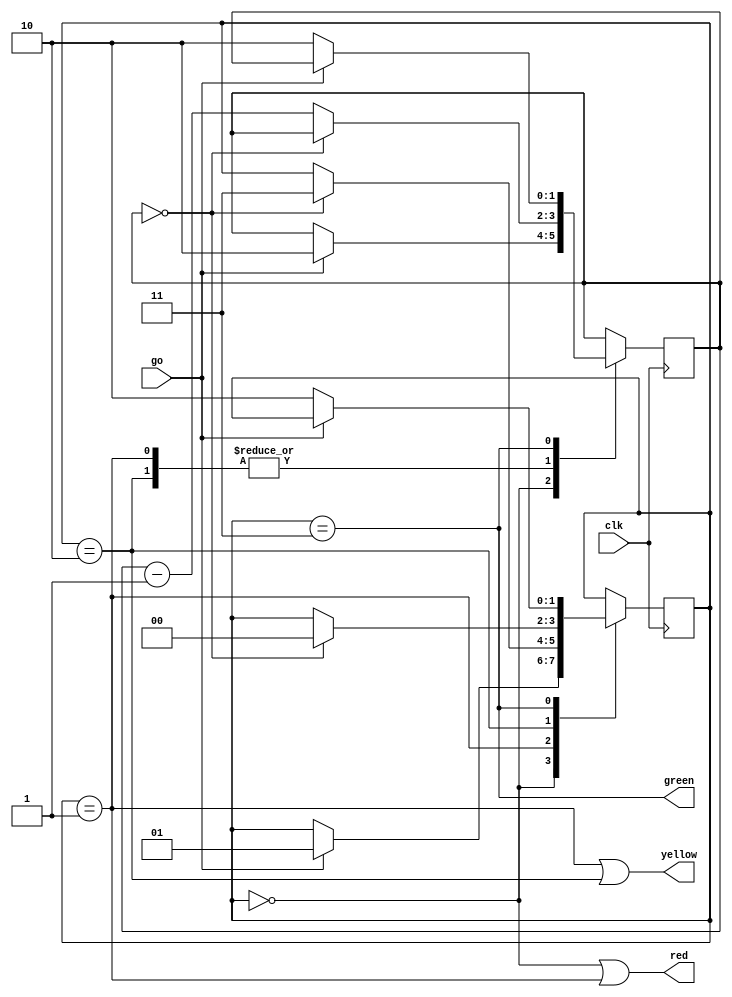
module traffic(input wire  clk,
               input wire  go,
               output wire red,
               output wire yellow,
               output wire green);
  // 0: stop, 1: starting, 2: stopping, 3: go
  reg [1:0] state = 0;
  reg [1:0] counter;
  assign red = (state == 0 || state == 1);
  assign yellow = (state == 1 || state == 2);
  assign green = (state == 3);

  always @(posedge clk) begin
    case (state)
      0: begin
        if (go) begin
          state <= 1;
          counter <= 2;
        end
      end
      1: begin
        if (counter == 0)
          state <= 3;
        else
          counter <= counter - 1;
      end
      2: begin
        if (counter == 0)
          state <= 0;
        else
          counter <= counter - 1;
      end
      3: if (!go) begin
        state <= 2;
        counter <= 2;
      end
    endcase
  end
endmodule